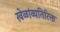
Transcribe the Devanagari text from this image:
खेळांव्यतिरिक्त